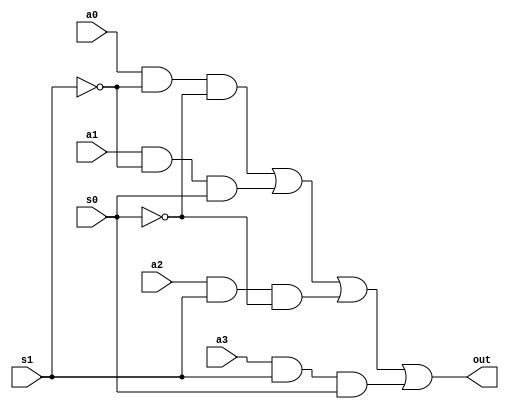
module mux_4_1(out,a0,a1,a2,a3,s0,s1);

  input a0,a1,a2,a3,s0,s1; 
  output out;
  wire v0,v1,v2,v3,ns0,ns1;

  not n1(ns0,s0);
  not n2(ns1,s1);

  and and1(v0,a0,ns1,ns0);
  and and2(v1,a1,ns1,s0);
  and and3(v2,a2,s1,ns0);
  and and4(v3,a3,s1,s0);

  or or1(out,v0,v1,v2,v3);

endmodule